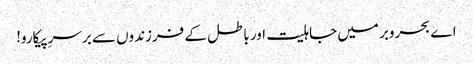
اے بحروبر میں جاہلیت اور باطل کے فرزندوں سے برسرِپیکارو!